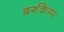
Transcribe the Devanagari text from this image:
बर्गकेम्प